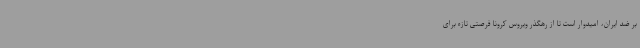
بر ضد ایران،‌ امیدوار است تا از رهگذر ویروس کرونا فرصتی تازه برای